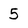
Character: 5